King Institute of Preventive Medicine Bacteriolog. Section reports 1907-08
Year: 1907
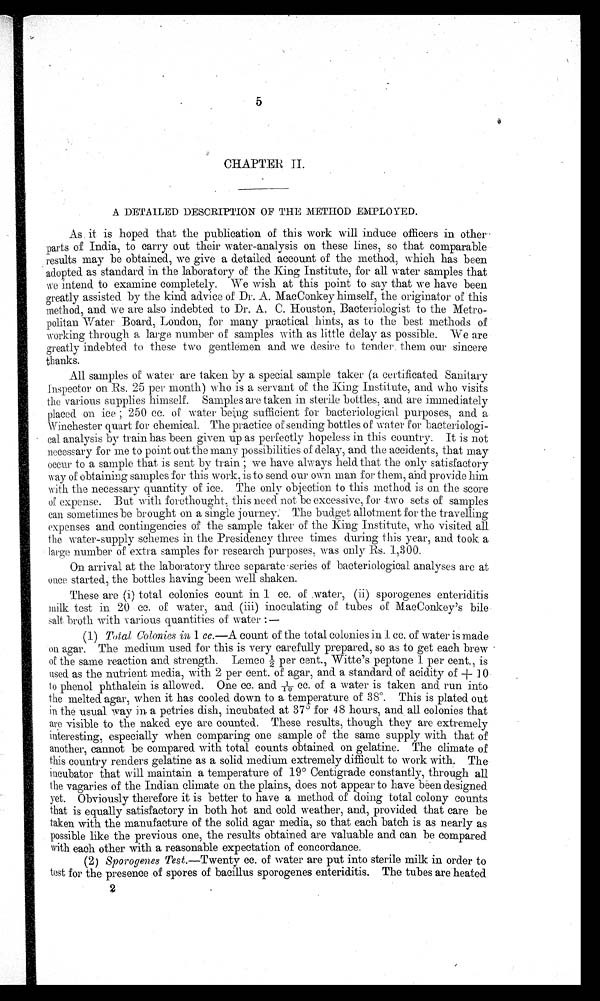
CHAPTER II.
A DETAILED DESCRIPTION OF THE METHOD EMPLO YED.
As it is hoped that the publication of this work will induce officers in other
parts of India, to carry out their water-analysis on these lines, so that comparable
results may be obtained, we give a detailed account of the method, which has been
adopted as standard in the laboratory of the King Institute, for all water samples that
we intend to examine completely. We wish at this point to say that we have been
greatly assisted. by the kind advice of Dr. A. MacConkey himself, the originator of this
method., and we are also indebted to Dr. A. C. Houston, Bacteriologist to the Metro-
politan Water Board, Loudon, for many -practical hints, as to the best methods of
working through a large number of samples with as little delay as possible. We are
greatly indebted to these two gentlemen and we desire to tender. them our sincere
thanks.
All samples of water are taken by a special sample taker (a certificated Sanitary
Inspector on Rs. 25 per month) who is a servant of the King Institute, and who visits
the various supplies himself. Samples are taken in sterile bottles, and are immediately
placed on ice ; 250 cc. of water being sufficient for bacteriological purposes, and a
Winchester quart for chemical. The practice of sending bottles of water for
b a c t e r i o l o g i - c a l a n a l y s i s b y t r a i n h a s b e e n g i v e n u p a s p e r f e c t l y h o p e l e s s i n t h i s c o u n t r y . I t i s n o t
necessary for me to point out the many possibilities of delay, and the accidents, that may
occur to a sample that is sent by train ; we have always held that the only satisfactory
way of obtaining samples for this work, is to send our own man for them, and provide him
with the necessary quantity of ice. The only objection to this method is on the score
of expense. But with forethought, this need not be excessive, for two sets of samples
can sometimes be brought on a single journey: The budget allotme
nt
for the travelling
expenses and contingencies of the sample taker of the King Institute, who visited all
the, water-supply schemes in the Presidency three times during this year, and took a
large number of extra samples for research purposes, was only Rs. 1,300.
On arrival at the laboratory three separate series of bacteriological analyses are at
once started, the bottles having been well shaken.
These are (i) total colonies count in 1 cc. of .water, (ii.) sporogenes enteriditis
milk test in 20 cc. of water, and. (iii) inoculating of tubes or MacConkey's bile
salt broth with various quantities of water : —
(1) Total Colonies in 1 cc.—A count of the total colonies in 1 cc. of water is made
on agar. The medium used for this is very carefully prepared, so as to get each brew
of the same reaction and strength. Lemco½ per cent., Witte's peptone 1 per cent., is
used as the nutrient media, with 2 per cent. of agar, and a standard of acidity of + 10
to phenol phthalein is allowed. One cc. and 1/10 c c . o f a w a t e r i s t a k e n a n d r u n i n t o
the melted agar, when it has cooled down to a temperature of 38 0 . This is plated out
in the usual way in a petries dish, incubated at 37 0 for 48 hours, and all colonies that
are visible to the naked eye are counted. These results, though they are extremely
interesting, especially when comparing one sample of the same supply with that of
another, cannot be compared with total counts obtained on gelatine. The climate of
this country renders gelatine as a solid medium extremely difficult to work with. The.
incubator that will maintain a temperature of 19° Centigrade constantly, through all
the vagaries of the Indian climate on the plains, does not appear to have been designed
yet. Obviously therefore it is better to have a method of doing total colony counts
that is equally satisfactory in both hot and cold weather, and, provided that care be
taken with the manufacture of the solid agar media, so that each batch is as nearly as
possible like the previous one, the results obtained are valuable and can be compared
with each other with a reasonable expectation of concordance.
(2) Sporogenes Test .—Twenty cc. of water are put into sterile milk in order to
test for the presence of spores of bacillus sporogenes enteriditis. The tubes are heated